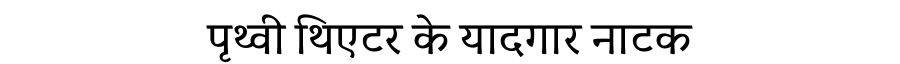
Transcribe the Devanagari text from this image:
पृथ्वी थिएटर के यादगार नाटक